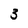
Character: 3